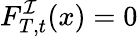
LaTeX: F_{T,t}^{\mathcal{I}}(x)=0